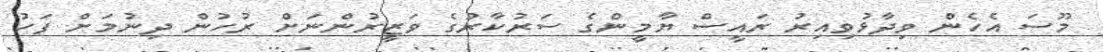
މޫސަ އެހެން ވިދާޅުވިއިރު ރައީސް ޔާމީންގެ ސަރުކާރުގެ ވަޒީރުންނަށް ރުހުން ދިނުމަށް ފަހު